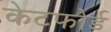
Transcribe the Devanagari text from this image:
केटफोर्ड